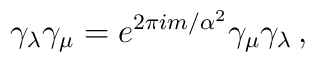
\gamma_\lambda\gamma_\mu=e^{2\pi im/\alpha^2}\gamma_\mu\gamma_\lambda\,,